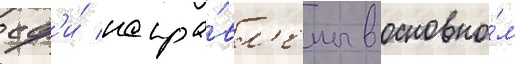
сф'и́ напра́вл'ены в основно́м